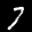
Label: 7